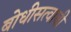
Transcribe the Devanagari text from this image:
बोधीसत्वाची